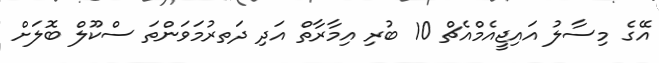
އޭގެ މިސާލު އައިޖީއެމްއެޗް 10 ބުރި އިމާރާތް އަދި ދަތރުމަވަންތަ ސްކޫލް ބޮލަށް